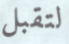
لتقبل